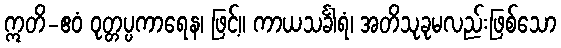
ဣတိ-ဧဝံ ဝုတ္တပ္ပကာရေန၊ ဖြင့်။ ကာယသင်္ခါရံ၊ အတိသုခုမလည်းဖြစ်သော